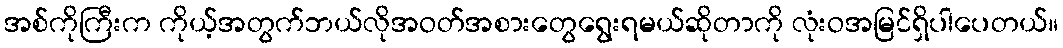
အစ်ကိုကြီးက ကိုယ့်အတွက်ဘယ်လိုအဝတ်အစားတွေရွေးရမယ်ဆိုတာကို လုံးဝအမြင်ရှိပါပေတယ်။